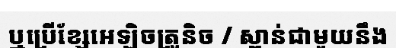
ឬប្រើខ្សែអេឡិចត្រូនិច / ស្ពាន់ជាមួយនឹង